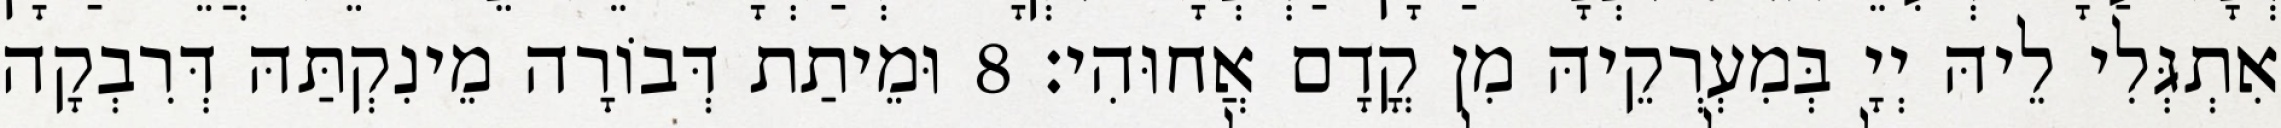
אִתְגְּלִי לֵיהּ יְיָ בְּמִעְרְקֵיהּ מִן קֳדָם אֲחוּהִי׃ 8 וּמֵיתַת דְּבוֹרָה מֵינִקְתַּהּ דְּרִבְקָה